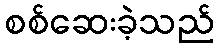
စစ်ဆေးခဲ့သည်